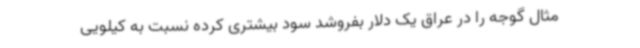
مثال گوجه را در عراق یک دلار بفروشد سود بیشتری کرده نسبت به کیلویی